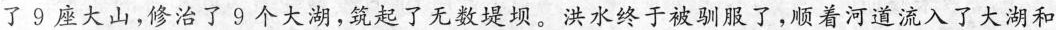
了9座大山，修治了9个大湖，筑起了无数堤坝。洪水终于被驯服了，顺着河道流入了大湖和